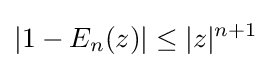
\vert 1-E_{n}(z)\vert \leq \vert z\vert ^{n+1}